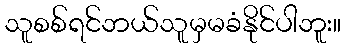
သူစစ်ရင်ဘယ်သူမှမခံနိုင်ပါဘူး။